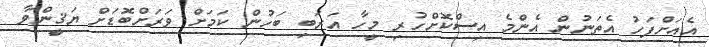
އެއަށްފަހު އެތަނުން އެންމެ އިސްކޮށްހުރި މީހާ އަރަބި ބަހުން ކަމަށް ވަރަށްބޮޑަށް ޔަޤީންވާ